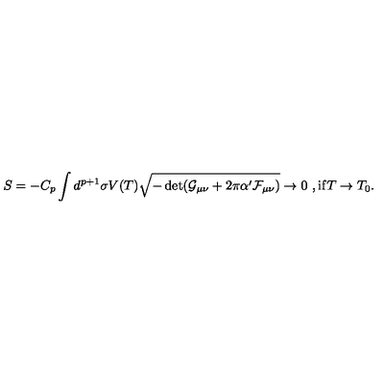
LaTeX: S = - C _ { p } \int d ^ { p + 1 } \sigma V ( T ) \sqrt { - \det ( \mathcal { G } _ { \mu \nu } + 2 \pi \alpha ^ { \prime } \mathcal { F } _ { \mu \nu } ) } \rightarrow 0 \ , \mathrm { i f } T \rightarrow T _ { 0 } .